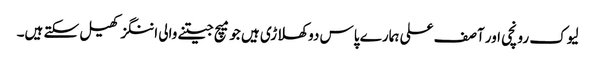
لیوک رونچی اور آصف علی ہمارے پاس دو کھلاڑی ہیں جو میچ جیتنے والی اننگز کھیل سکتے ہیں۔